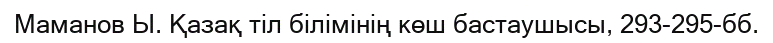
Маманов Ы. Қазақ тіл білімінің көш бастаушысы, 293-295-бб.